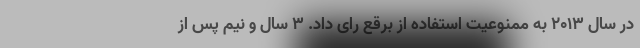
در سال 2013 به ممنوعیت استفاده از برقع رای داد. 3 سال و نیم پس از